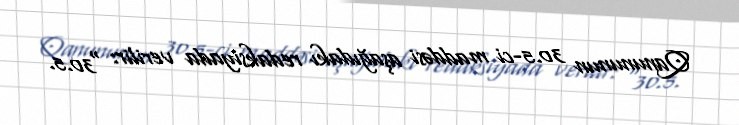
Qanununun 30.5-ci maddəsi aşağıdakı redaksiyada verilir: “30.5.